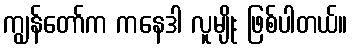
ကျွန်တော်က ကနေဒါ လူမျိုး ဖြစ်ပါတယ်။